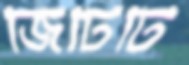
জিটিটি